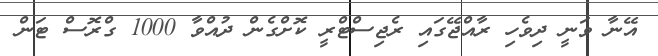
އޭނާ ވަނީ ދިވެހި ރާއްޖޭގައި ރެޖިސްޓްރީ ކޮށްގެން ދުއްވާ 1000 ގްރޮސް ޓަން